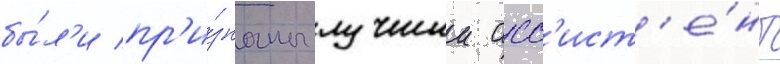
бы́л'и пр'и́знаны лучшии асс'ист'е́нт